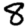
Digit: 8